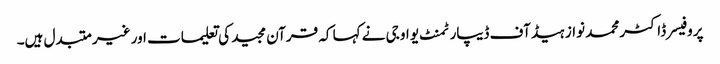
پروفیسر ڈاکٹر محمد نواز ہیڈ آف ڈیپارٹمنٹ یو او جی نے کہا کہ قرآن مجید کی تعلیمات اور غیر متبدل ہیں۔